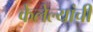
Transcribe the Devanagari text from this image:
केलेल्यांची